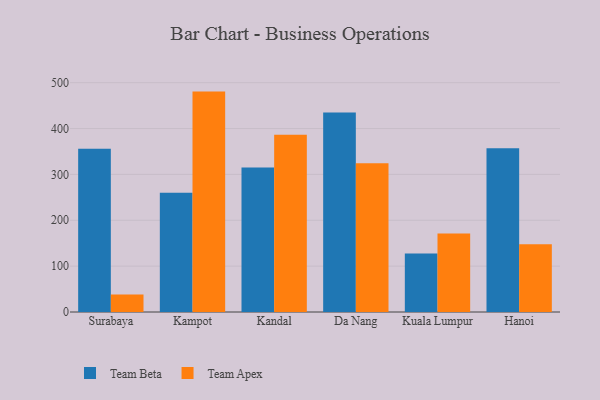
{"axis": {"x": "City", "y": "LTV (USD)"}, "legend": ["Team Apex", "Team Beta"], "data": [{"x": "Surabaya", "y": 356.1, "type": "Team Beta"}, {"x": "Surabaya", "y": 38.1, "type": "Team Apex"}, {"x": "Kampot", "y": 260.0, "type": "Team Beta"}, {"x": "Kampot", "y": 480.6, "type": "Team Apex"}, {"x": "Kandal", "y": 314.9, "type": "Team Beta"}, {"x": "Kandal", "y": 386.4, "type": "Team Apex"}, {"x": "Da Nang", "y": 435.1, "type": "Team Beta"}, {"x": "Da Nang", "y": 324.1, "type": "Team Apex"}, {"x": "Kuala Lumpur", "y": 127.4, "type": "Team Beta"}, {"x": "Kuala Lumpur", "y": 171.1, "type": "Team Apex"}, {"x": "Hanoi", "y": 356.8, "type": "Team Beta"}, {"x": "Hanoi", "y": 147.5, "type": "Team Apex"}]}